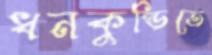
ধনকুন্ডিতে